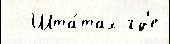
  Шта́тах гд'е